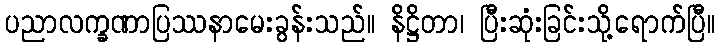
ပညာလက္ခဏာပြဿနာမေးခွန်းသည်။ နိဋ္ဌိတာ၊ ပြီးဆုံးခြင်းသို့ရောက်ပြီ။